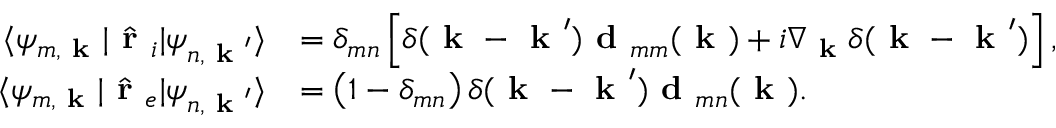
\begin{array} { r l } { \langle \psi _ { m , \textbf { k } } | \hat { \textbf { r } } _ { i } | \psi _ { n , \textbf { k } ^ { \prime } } \rangle } & { = \delta _ { m n } \left[ \delta ( \textbf { k } - \textbf { k } ^ { \prime } ) \textbf { d } _ { m m } ( { \textbf { k } } ) + i \nabla _ { \textbf { k } } \delta ( \textbf { k } - \textbf { k } ^ { \prime } ) \right] , } \\ { \langle \psi _ { m , \textbf { k } } | \hat { \textbf { r } } _ { e } | \psi _ { n , \textbf { k } ^ { \prime } } \rangle } & { = \left( 1 - \delta _ { m n } \right) \delta ( \textbf { k } - \textbf { k } ^ { \prime } ) \textbf { d } _ { m n } ( { \textbf { k } } ) . } \end{array}